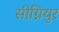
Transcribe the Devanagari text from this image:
सीग्नियुर